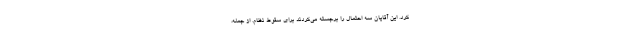
کرد. این آقایان سه احتمال را برجسته می‌کردند برای سقوط نظام. از جمله،